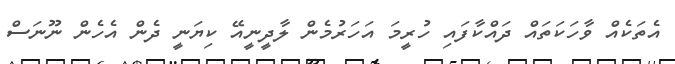
އެތަކެއް ވާހަކަތައް ދައްކާފައި ހުރީމަ އަހަރުމެން ލާދީނީއޭ ކިޔަނީ ދެން އެހެން ނޫނަސް